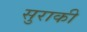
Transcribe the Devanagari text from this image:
सुराकी